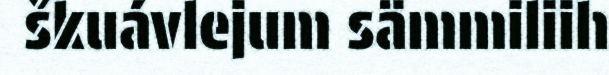
škuávlejum sämmiliih